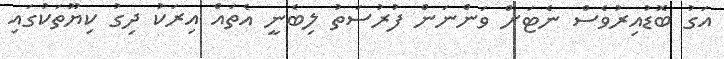
އަގު ބޮޑުއިރުވެސް ނެޓަށް ވަންނަން ފުރުސަތު ލިބެނީ އެތައް އިރަކު ދިގު ކިޔޫތަކުގައި